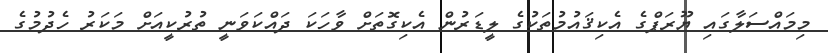
މިމައްސަލާގައި ޔޫރަޕްގެ އެކިޤައުމުތަކުގެ ލީޑަރުން އެކިގޮތަށް ވާހަކަ ދައްކަވަނީ ތުރުކީއަށް މަކަރު ހެދުމުގެ